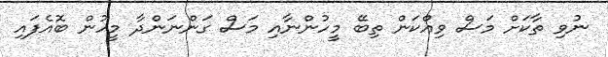
ނުވި ތާކަށް މަސް ވިއްކަން ތިބޭ މީހުންނާއި މަސް ގަންނަންދާ މީހުން ބޮއެފައި